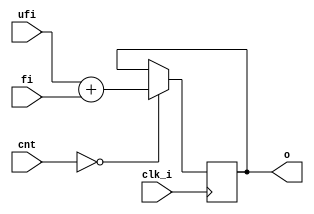
`timescale 1ns / 1ps
// ============================================================================
//	(C) 2007,2012  Robert Finch
//	All rights reserved.
//	robfinch<remove>@opencores.org
//
//	PSGOutputSummer.v 
//		Sum the filtered and unfiltered output.
//
// This source file is free software: you can redistribute it and/or modify 
// it under the terms of the GNU Lesser General Public License as published 
// by the Free Software Foundation, either version 3 of the License, or     
// (at your option) any later version.                                      
//                                                                          
// This source file is distributed in the hope that it will be useful,      
// but WITHOUT ANY WARRANTY; without even the implied warranty of           
// MERCHANTABILITY or FITNESS FOR A PARTICULAR PURPOSE.  See the            
// GNU General Public License for more details.                             
//                                                                          
// You should have received a copy of the GNU General Public License        
// along with this program.  If not, see <http://www.gnu.org/licenses/>.    
//
//============================================================================ */

module PSGOutputSummer(clk_i, cnt, ufi, fi, o);
input clk_i;		// master clock
input [7:0] cnt;	// clock divider
input [21:0] ufi;	// unfiltered audio input
input [21:0] fi;	// filtered audio input
output [21:0] o;	// summed output
reg [21:0] o;

always @(posedge clk_i)
	if (cnt==8'd0)
		o <= ufi + fi;

endmodule